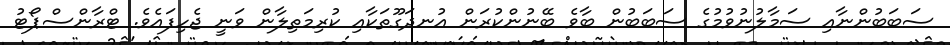
ސަބަބުންނާއި ސަމާލުނުވުމުގެ ސަބަބުން ބާވެ ބޭނުންކުރަން އުނދަގޫތަކާއި ކުރިމަތިލާން ވަނީ ޖެހިފައެވެ. ޓްރާންސްޕޯޓު